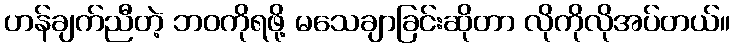
ဟန်ချက်ညီတဲ့ ဘဝကိုရဖို့ မသေချာခြင်းဆိုတာ လိုကိုလိုအပ်တယ်။